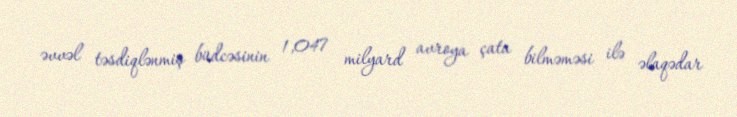
əvvəl təsdiqlənmiş büdcəsinin 1,047 milyard avroya çata bilməməsi ilə əlaqədar